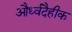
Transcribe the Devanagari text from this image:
और्ध्वदैहीक